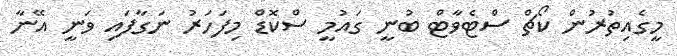
މީގެއިތުރުން ކޯޗް ސްޓެވާޓް ބުނީ ގައުމީ ސްކޮޑް މިފަހަރު ނަގާފައި ވަނީ އޭނާ